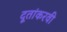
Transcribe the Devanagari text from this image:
दूतांकरवी